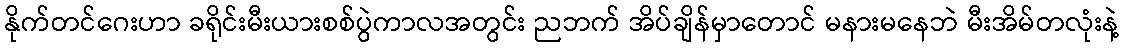
နိုက်တင်ဂေးဟာ ခရိုင်းမီးယားစစ်ပွဲကာလအတွင်း ညဘက် အိပ်ချိန်မှာတောင် မနားမနေဘဲ မီးအိမ်တလုံးနဲ့